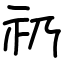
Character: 礽